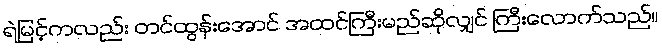
ရဲမြင့်ကလည်း တင်ထွန်းအောင် အထင်ကြီးမည်ဆိုလျှင် ကြီးလောက်သည်။